65_HS1-834228961_62-HQ-83894_Section_1
Agency: FBI
Page 116
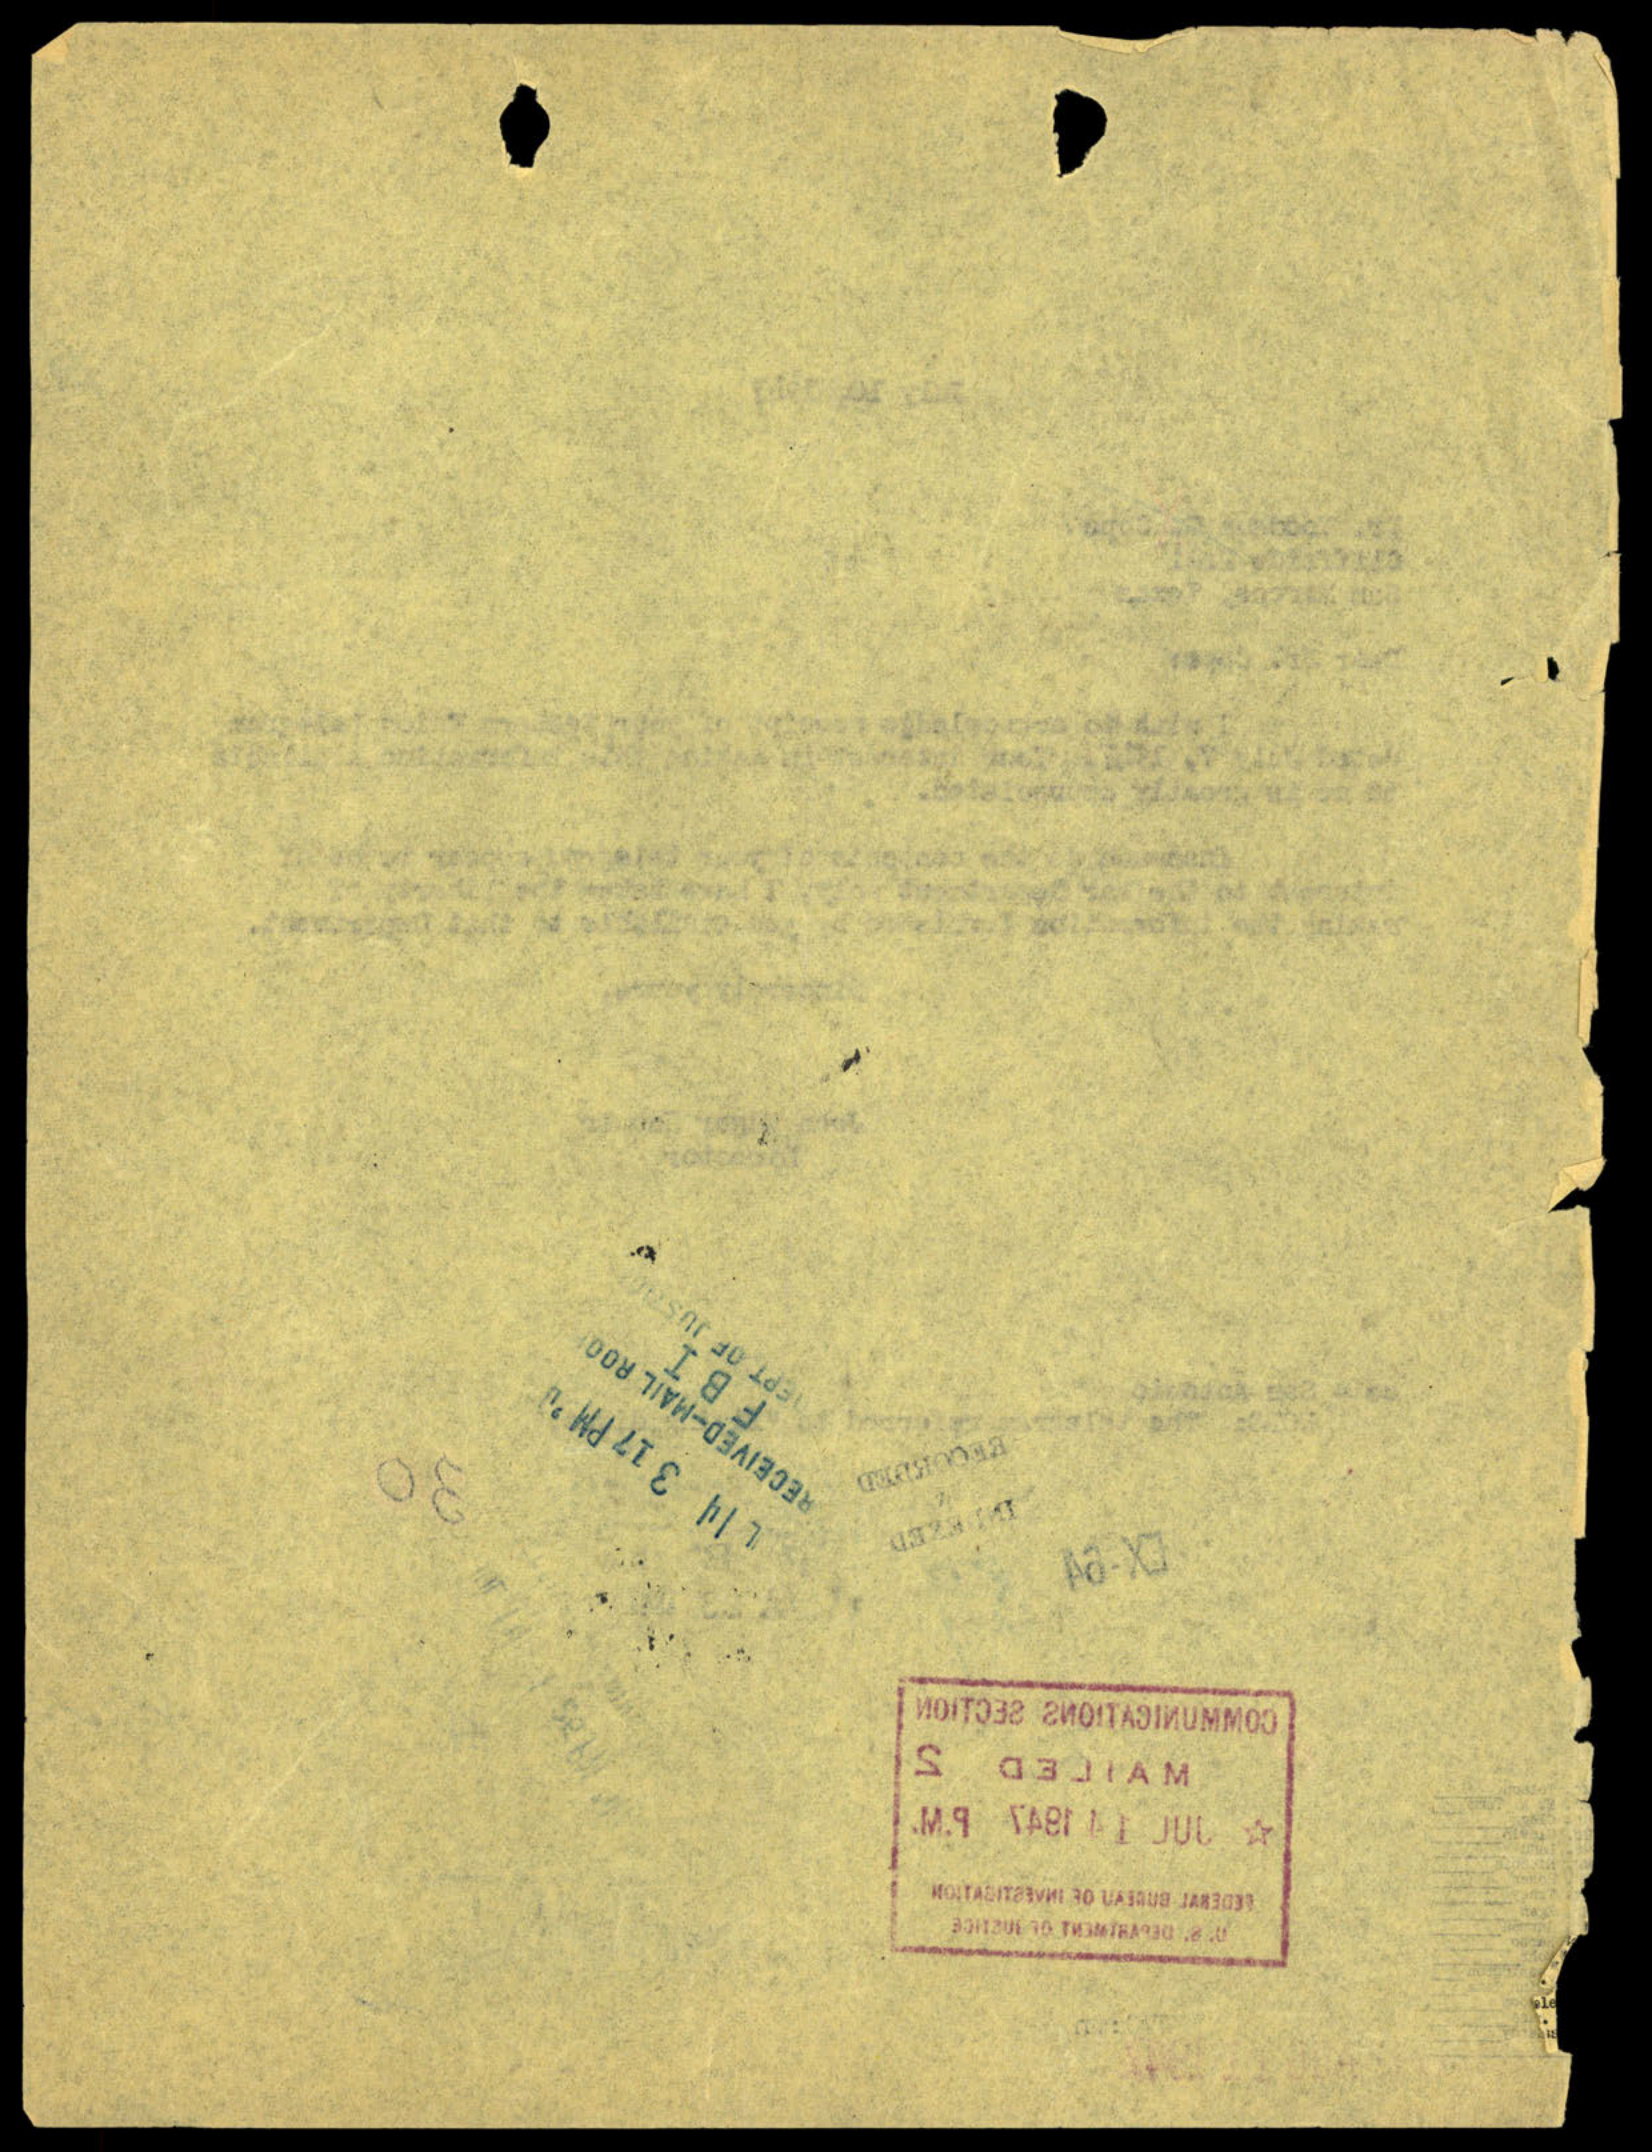